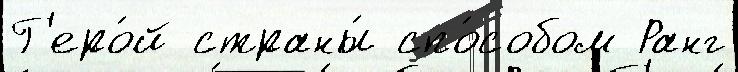
Г'еро́й страны́ спо́собом Ранг